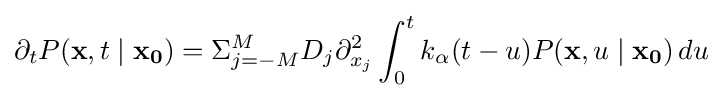
\partial _{t}P(\mathbf {x} ,t\mid \mathbf {x_{0}} )=\Sigma _{j=-M}^{M}D_{j}\partial _{x_{j}}^{2}\int _{0}^{t}k_{\alpha }(t-u)P(\mathbf {x} ,u\mid \mathbf {x_{0}} )\,du